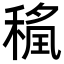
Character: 𮃖